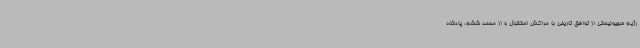
رژیم صهیونیستی از توافق تاریخی با مراکش استقبال و از محمد ششم، پادشاه